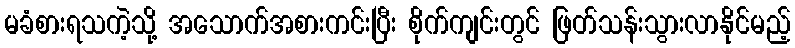
မခံစားရသကဲ့သို့ အသောက်အစားကင်းပြီး စိုက်ကျင်းတွင် ဖြတ်သန်းသွားလာနိုင်မည့်